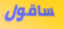
ساقول